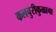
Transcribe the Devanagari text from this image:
कलचुरीकुळाचा